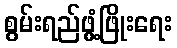
စွမ်းရည်ဖွံ့ဖြိုးရေး